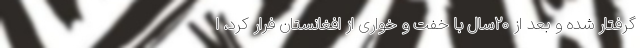
گرفتار شده و بعد از ۲۰سال با خفت و خواری از افغانستان فرار کرد، ا